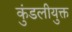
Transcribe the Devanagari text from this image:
कुंडलीयुक्त